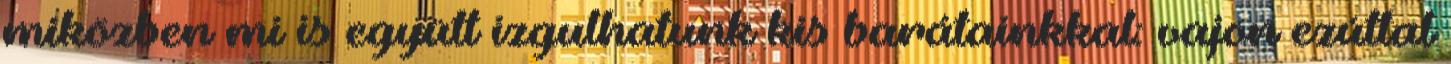
miközben mi is együtt izgulhatunk kis barátainkkal: vajon ezúttal